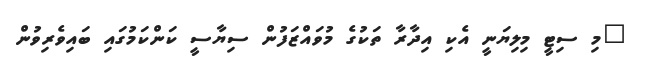
"މި ސިޓީ މިލިޔަނީ އެކި އިދާރާ ތަކުގެ މުވައްޒަފުން ސިޔާސީ ކަންކަމުގައި ބައިވެރިވުން